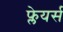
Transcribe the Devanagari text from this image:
फ्लेयर्स